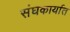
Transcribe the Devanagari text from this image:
संघकार्यात